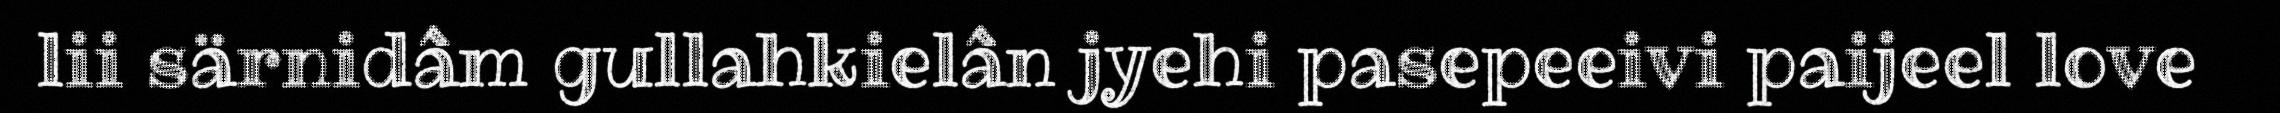
lii särnidâm gullahkielân jyehi pasepeeivi paijeel love